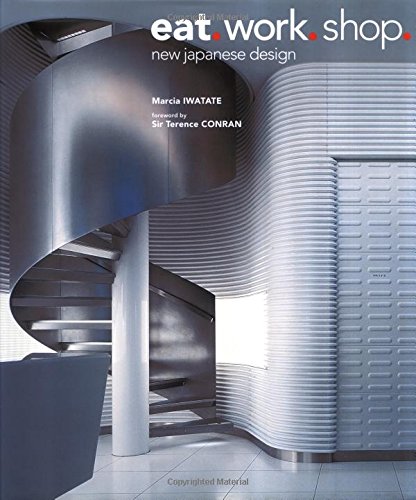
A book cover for Eat. Work. Shop.: New Japanese Design; Marcia Iwatate; Arts & Photography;